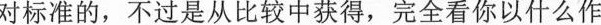
对标准的，不过是比较中获得，完全看你以什么作